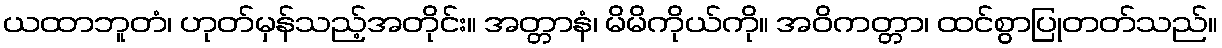
ယထာဘူတံ၊ ဟုတ်မှန်သည့်အတိုင်း။ အတ္တာနံ၊ မိမိကိုယ်ကို။ အဝိကတ္တာ၊ ထင်စွာပြုတတ်သည်။